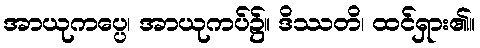
အာယုကပ္ပေ၊ အာယုကပ်၌။ ဒိဿတိ၊ ထင်ရှား၏။